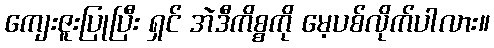
ကျေးဇူးပြုပြီး ရှင် အဲဒီကိစ္စကို မေ့ပစ်လိုက်ပါလား။